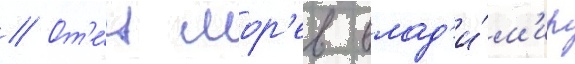
// От'е́ц мор'ев влад'и́м'ир